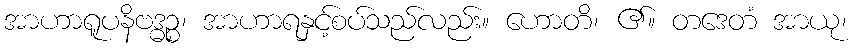
အာဟာရူပနိဗဒ္ဓဉ္စ၊ အာဟာရနှင့်စပ်သည်လည်း။ ဟောတိ၊ ၏။ တဒေတံ အာယု၊